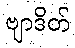
ဗျာဒိတ်